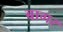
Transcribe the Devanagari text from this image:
बागर